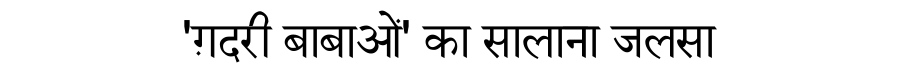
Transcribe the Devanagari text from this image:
'ग़दरी बाबाओं' का सालाना जलसा